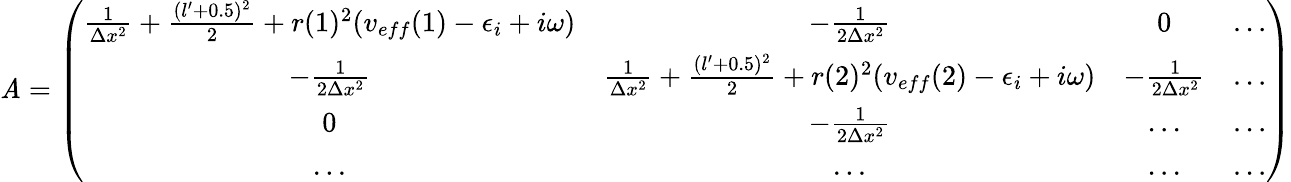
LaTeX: \mathit{A}=\left(\begin{array}{cccc}{\frac{1}{\Delta x^{2}}+\frac{(l^{\prime}+0.5)^{2}}{2}+r(1)^{2}(v_{eff}(1)-\epsilon_{i}+i\omega)}&{-\frac{1}{2\Delta x^{2}}}&{0}&{...}\\ {-\frac{1}{2\Delta x^{2}}}&{\frac{1}{\Delta x^{2}}+\frac{(l^{\prime}+0.5)^{2}}{2}+r(2)^{2}(v_{eff}(2)-\epsilon_{i}+i\omega)}&{-\frac{1}{2\Delta x^{2}}}&{...}\\ {0}&{-\frac{1}{2\Delta x^{2}}}&{...}&{...}\\ {...}&{...}&{...}&{...}\end{array}\right)